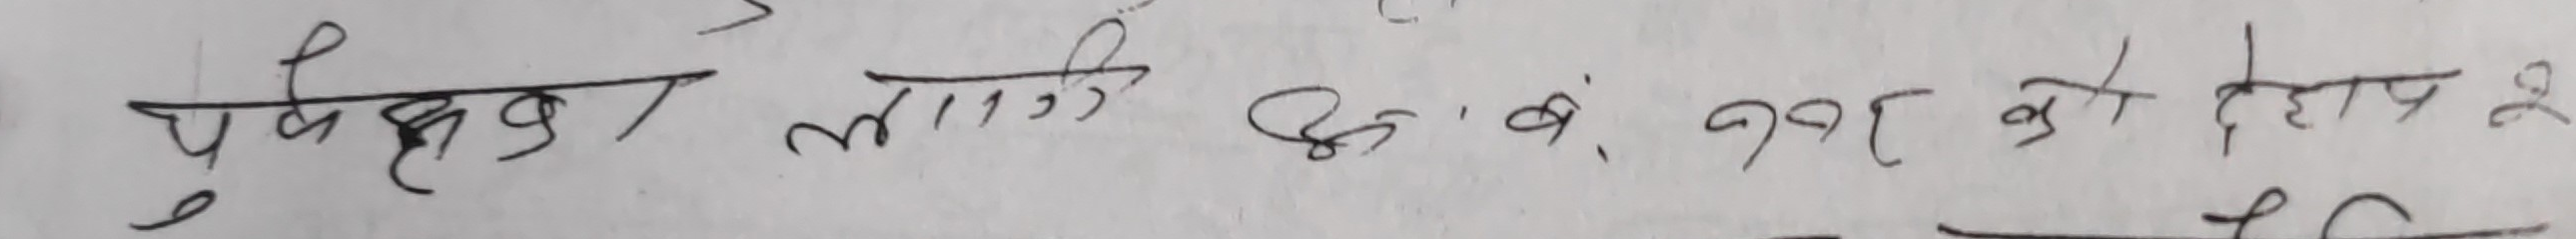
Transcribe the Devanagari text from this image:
पूर्वका लागि विं, बं, ९९१ को देहाय २